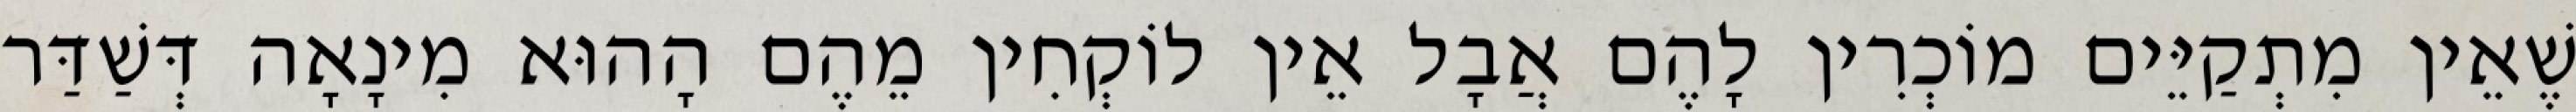
שֶׁאֵין מִתְקַיֵּים מוֹכְרִין לָהֶם אֲבָל אֵין לוֹקְחִין מֵהֶם הָהוּא מִינָאָה דְּשַׁדַּר